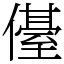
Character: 㒗